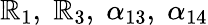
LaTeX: \mathbb{R}_{1},\; \mathbb{R}_{3},\; \alpha_{13},\; \alpha_{14}